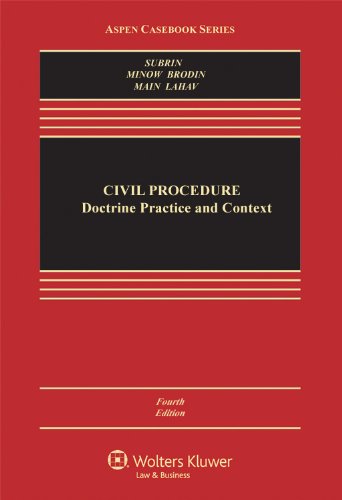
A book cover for Civil Procedure: Doctrine, Practice, and Context, Fourth Edition (Aspen Casebooks); Stephen N. Subrin; Law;